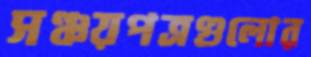
সঞ্চয়পত্রগুলোর